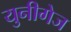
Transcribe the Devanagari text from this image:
युनीगेज